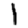
Digit: 1